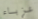
عزباء